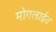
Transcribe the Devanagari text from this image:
मोगलाईत